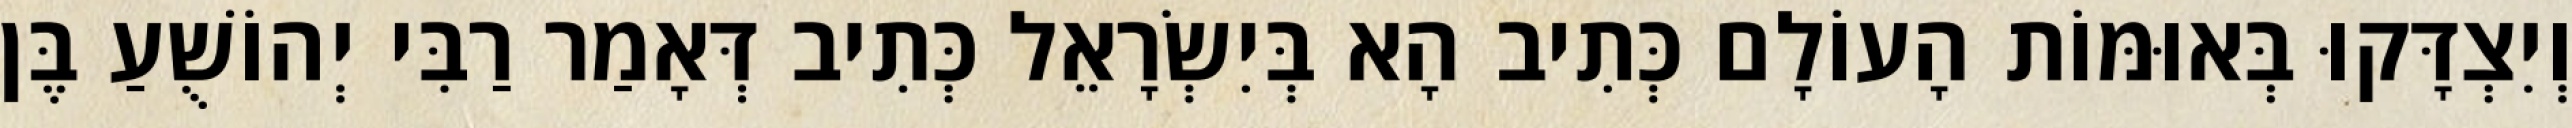
וְיִצְדָּקוּ בְּאוּמּוֹת הָעוֹלָם כְּתִיב הָא בְּיִשְׂרָאֵל כְּתִיב דְּאָמַר רַבִּי יְהוֹשֻׁעַ בֶּן